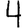
Digit: 4